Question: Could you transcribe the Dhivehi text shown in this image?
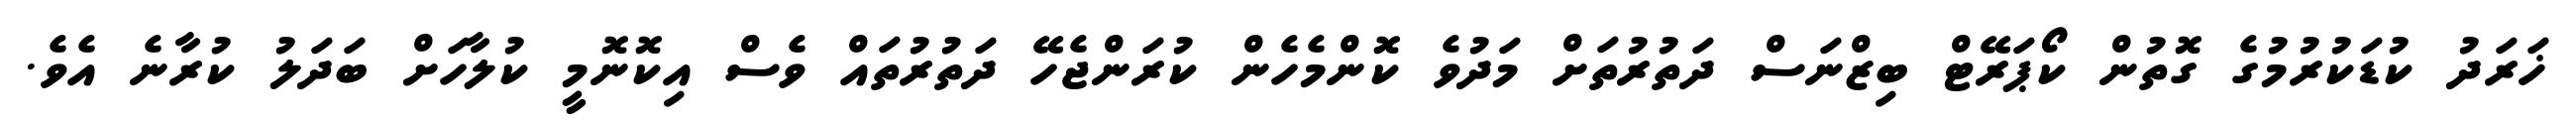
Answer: ޚަރަދު ކުޑަކުރުމުގެ ގޮތުން ކޯޕަރޭޓް ބިޒްނަސް ދަތުރުތަށް މަދުވެ ކޮންމެހެން ކުރަންޖެހޭ ދަތުރުތައް ވެސް އިކޮނޮމީ ކުލާހަށް ބަދަލު ކުރާނެ އެވެ.